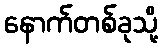
နောက်တစ်ခုသို့